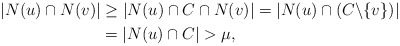
\begin{align*} |N(u)\cap N(v)| &\ge |N(u) \cap C \cap N(v)| = |N(u) \cap (C \backslash \{v\})| \\ &= |N(u) \cap C| > \mu, \end{align*}